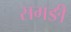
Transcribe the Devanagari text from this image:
सगङी